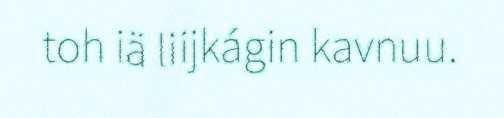
toh iä liijkágin kavnuu.